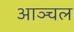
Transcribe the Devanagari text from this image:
आञ्चल